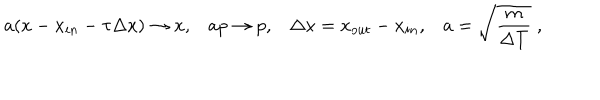
a ( x - x _ { i n } - \tau \Delta x ) \rightarrow x , a p \rightarrow p , \Delta x = x _ { o u t } - x _ { i n } , a = \sqrt { \frac { m } { \Delta T } } \; ,